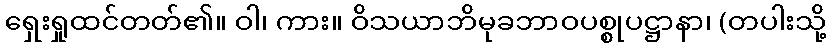
ရှေးရှုထင်တတ်၏။ ဝါ၊ ကား။ ဝိသယာဘိမုခဘာဝပစ္စုပဋ္ဌာနာ၊ (တပါးသို့